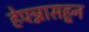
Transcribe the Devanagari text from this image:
हेपन्नासहून